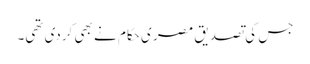
جس کی تصدیق مصر ی حکام نے بھی کردی تھی۔